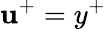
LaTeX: \mathbf{u}^{+}=y^{+}